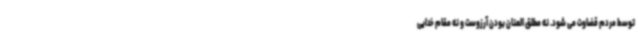
توسط مردم قضاوت می شود. نه مطلق العنان بودن آرزوست و نه مقام خدایی